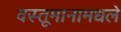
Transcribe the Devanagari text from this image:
वस्तूमानामधले